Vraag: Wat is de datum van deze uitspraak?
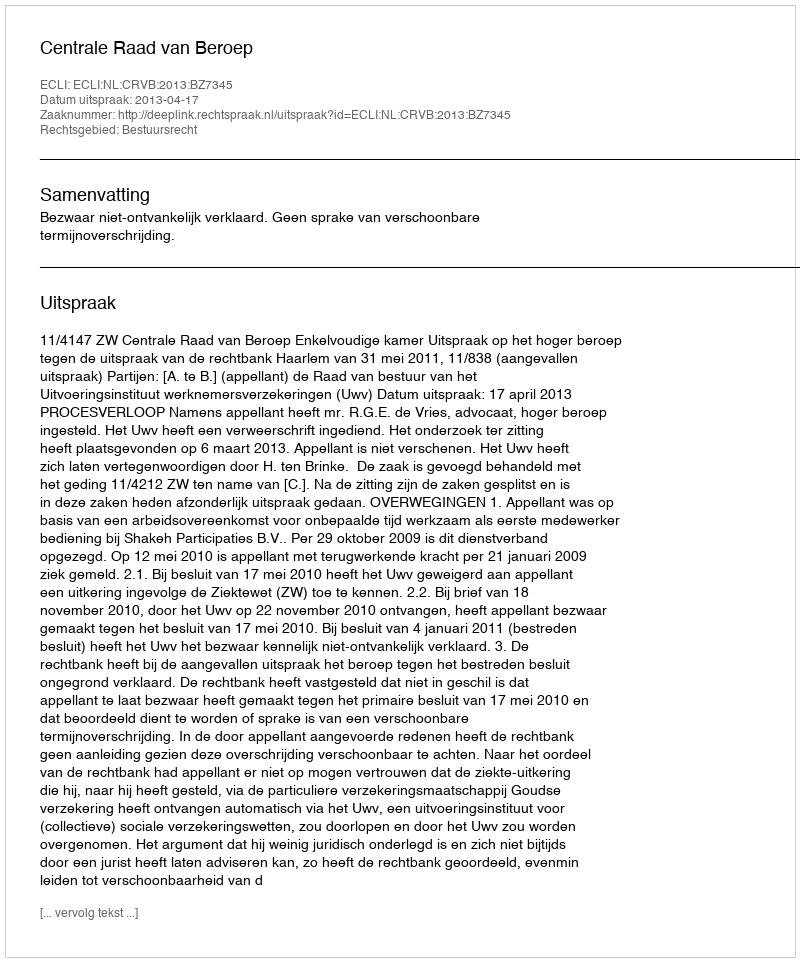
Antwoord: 2013-04-17